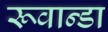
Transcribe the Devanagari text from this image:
रूवान्डा